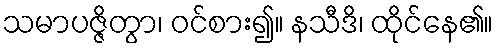
သမာပဇ္ဇိတွာ၊ ဝင်စား၍။ နသီဒိ၊ ထိုင်နေ၏။